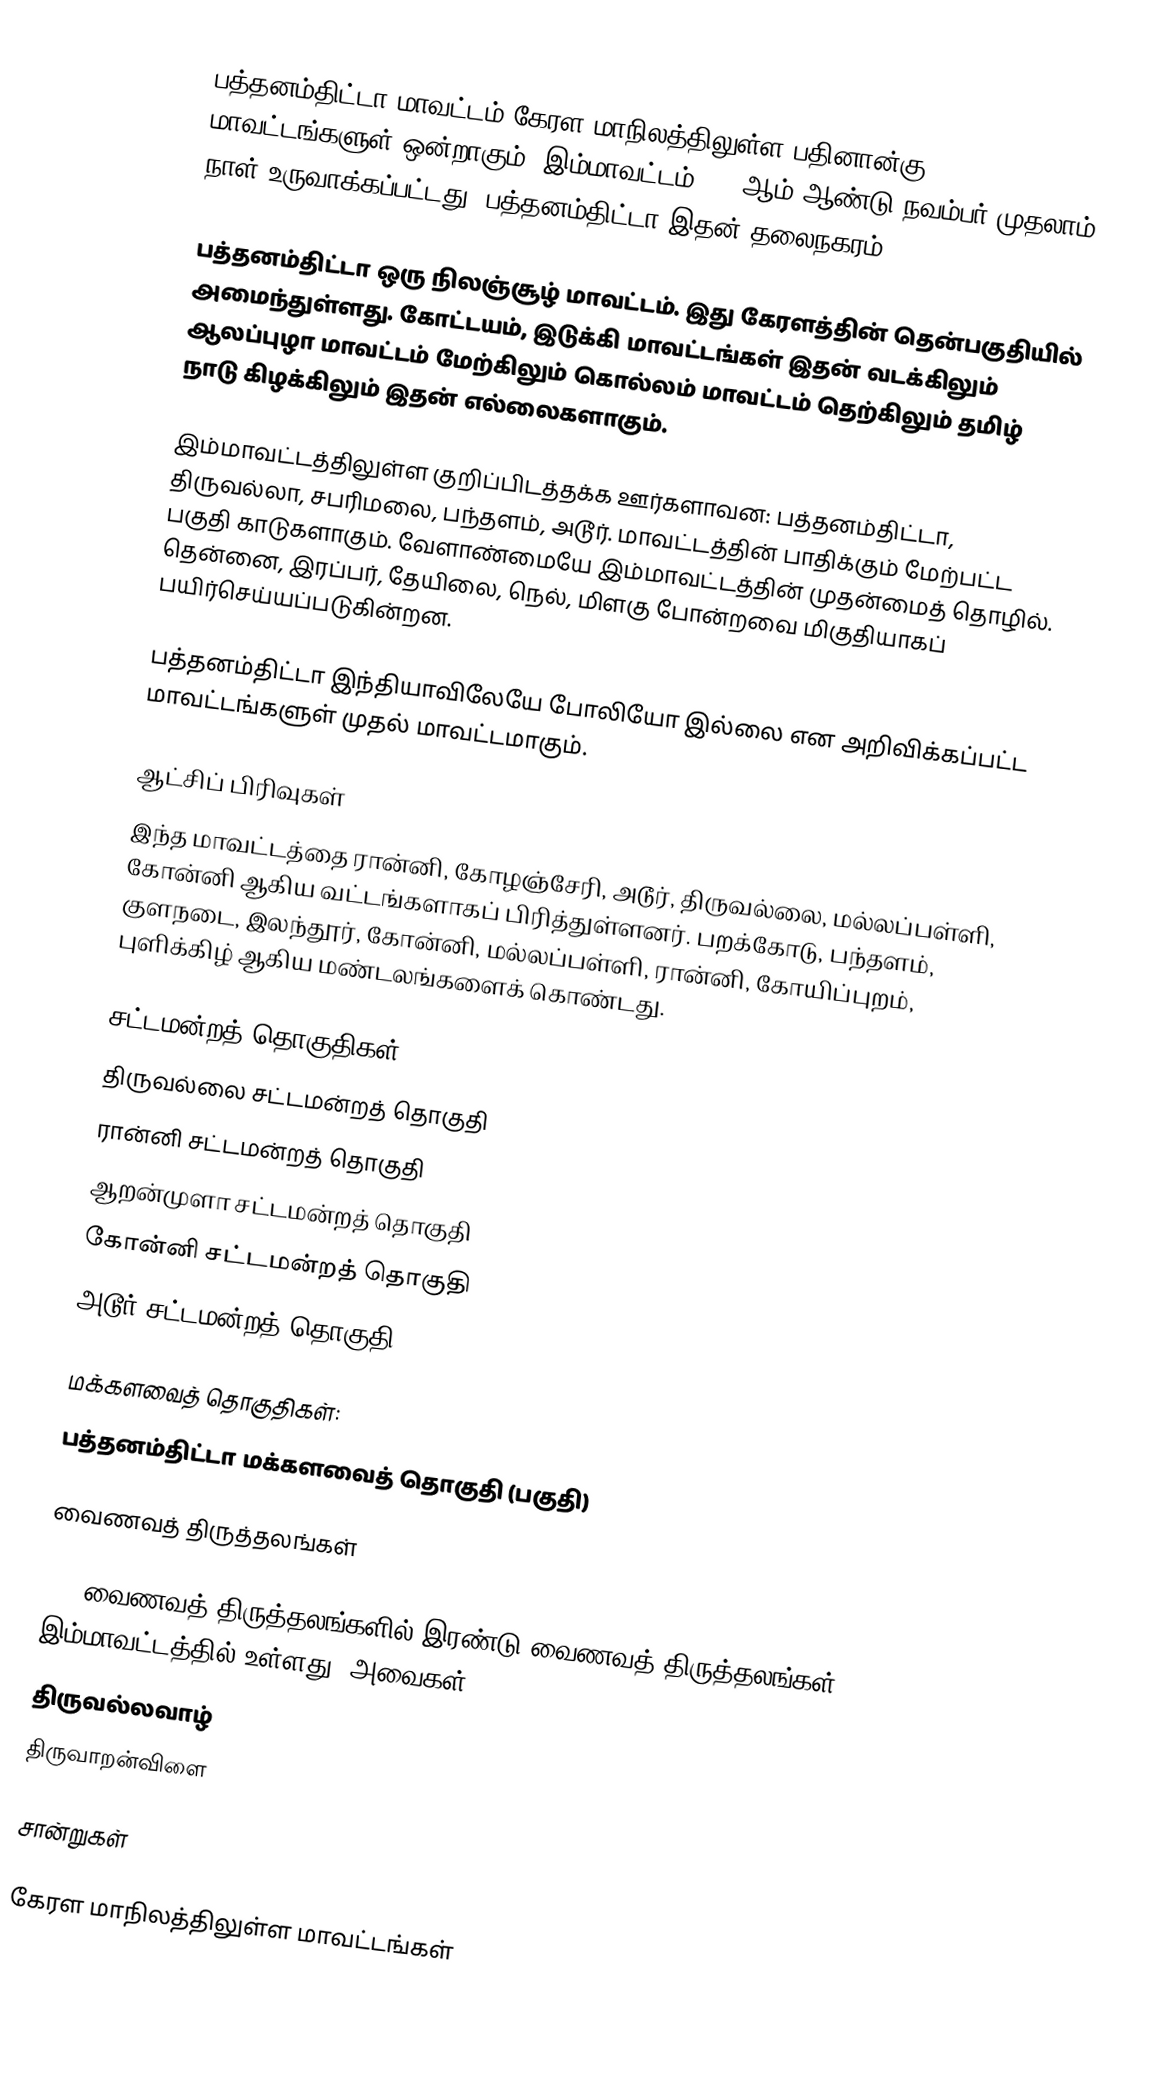
பத்தனம்திட்டா மாவட்டம் கேரள மாநிலத்திலுள்ள பதினான்கு மாவட்டங்களுள் ஒன்றாகும். இம்மாவட்டம் 1982ஆம் ஆண்டு நவம்பர் முதலாம் நாள் உருவாக்கப்பட்டது. பத்தனம்திட்டா இதன் தலைநகரம்.

பத்தனம்திட்டா ஒரு நிலஞ்சூழ் மாவட்டம். இது கேரளத்தின் தென்பகுதியில் அமைந்துள்ளது. கோட்டயம், இடுக்கி மாவட்டங்கள் இதன் வடக்கிலும் ஆலப்புழா மாவட்டம் மேற்கிலும் கொல்லம் மாவட்டம் தெற்கிலும் தமிழ் நாடு கிழக்கிலும் இதன் எல்லைகளாகும்.

இம்மாவட்டத்திலுள்ள குறிப்பிடத்தக்க ஊர்களாவன: பத்தனம்திட்டா, திருவல்லா, சபரிமலை, பந்தளம், அடூர். மாவட்டத்தின் பாதிக்கும் மேற்பட்ட பகுதி காடுகளாகும். வேளாண்மையே இம்மாவட்டத்தின் முதன்மைத் தொழில். தென்னை, இரப்பர், தேயிலை, நெல், மிளகு போன்றவை மிகுதியாகப் பயிர்செய்யப்படுகின்றன.

பத்தனம்திட்டா இந்தியாவிலேயே போலியோ இல்லை என அறிவிக்கப்பட்ட மாவட்டங்களுள் முதல் மாவட்டமாகும்.

ஆட்சிப் பிரிவுகள்
இந்த மாவட்டத்தை ரான்னி, கோழஞ்சேரி, அடூர், திருவல்லை, மல்லப்பள்ளி, கோன்னி ஆகிய வட்டங்களாகப் பிரித்துள்ளனர். பறக்கோடு, பந்தளம், குளநடை, இலந்தூர், கோன்னி, மல்லப்பள்ளி, ரான்னி, கோயிப்புறம், புளிக்கிழ் ஆகிய மண்டலங்களைக் கொண்டது.

சட்டமன்றத் தொகுதிகள்:
திருவல்லை சட்டமன்றத் தொகுதி
ரான்னி சட்டமன்றத் தொகுதி
ஆறன்முளா சட்டமன்றத் தொகுதி
கோன்னி சட்டமன்றத் தொகுதி
அடூர் சட்டமன்றத் தொகுதி

மக்களவைத் தொகுதிகள்:
பத்தனம்திட்டா மக்களவைத் தொகுதி (பகுதி)

வைணவத் திருத்தலங்கள்

108 வைணவத் திருத்தலங்களில்  இரண்டு வைணவத் திருத்தலங்கள் இம்மாவட்டத்தில் உள்ளது. அவைகள்:
 திருவல்லவாழ்
 திருவாறன்விளை

சான்றுகள்

கேரள மாநிலத்திலுள்ள மாவட்டங்கள்